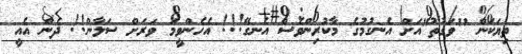
ތިޔަކަން "ވަގުތު"އަށް އެނގުމުގެ މާކުރިންވެސް އެނގޭ!!! އެހެންވީމަ ވަރަށް ސަލާން!! ދެން އެއީ